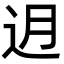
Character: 迌